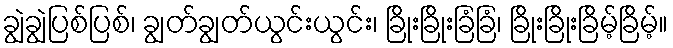
ချွဲချွဲပြစ်ပြစ်၊ ချွတ်ချွတ်ယွင်းယွင်း၊ ခြိုးခြိုးခြံခြံ၊ ခြိုးခြိုးခြိမ့်ခြိမ့်။